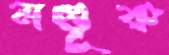
মণ্ডূক